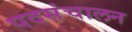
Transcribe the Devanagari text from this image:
पदसंचालन